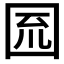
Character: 𡇗